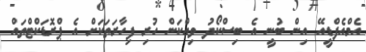
އެމްއެފްޑީއޭ އިން ބުނީ އެ ބިސްކޯދު ވިއްކަން ހުރި ފިހާރަތަކަށް އެ ޕްރޮޑަކްޓްތައް